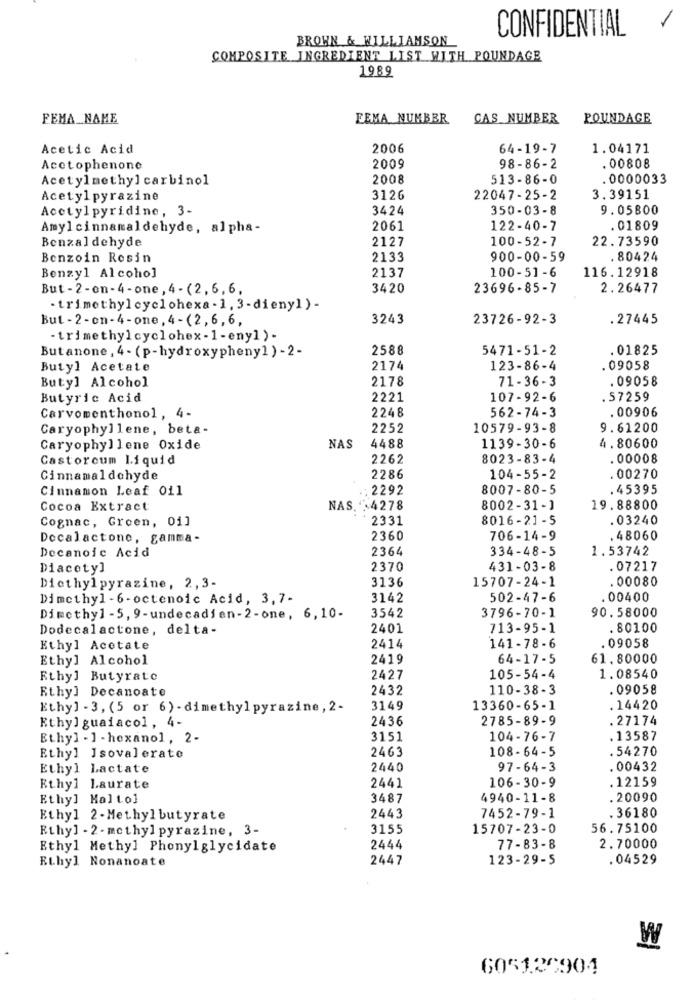
CONFIDENTIAL
BROWN & WILLIAMSON
COMPOSITE INGREDIENT LIST WITH POUNDAGE
1989
FEMA_NAME
FEMA NUMBER
CAS NUMBER
POUNDAGE
Acetic Acid
2006
64-19-7
1.04171
Acctophenone
2009
98-86-2
.00808
Acetylmethyl carbinol
2008
513-86-0
.0000033
Acetylpyrazine
3126
22047-25-2
3.39151
Acetylpyridine, 3-
3424
350-03-8
9.05800
Amylcinnamaldehyde, alpha-
2061
122-40-7
.01809
Benzaldehyde
2127
100-52-7
22.73590
Benzoin Rosin
2133
900-00-59
. 80424
2137
100-51-6
116.12918
Benzyl Alcohol
But-2-en-4-one, 4 - (2, 6, 6,
3420
23696-85-7
2.26477
· trimethylcyclohexa - 1, 3-dieny1 )-
But - 2-on-4-one, 4-(2,6,6,
3243
23726-92-3
. 27445
- trimethylcyclohex- 1-eny]>-
Butanone, 4 - (p-hydroxyphenyl ) - 2-
2588
5471-51-2
. 01825
Butyl Acetate
2174
123-86-4
.09058
71-36-3
. 09058
Butyl Alcohol
2178
Butyric Acid
2221
107-92-6
. 57259
2248
562-74-3
. 00906
Carvomenthonol, 4-
Caryophyllene, beta-
2252
10579-93-8
9.61200
NAS
4488
4.80600
Caryophyllene Oxide
1139-30-6
Castorcum Liquid
2262
8023-83-4
. 00008
Cinnamaldehyde
2286
104-55-2
. 00270
Cinnamon Leaf 011
2292
8007-80-5
. 45395
Cocoa Extract
NAS
"4278
8002-31-1
19.88800
Cognac, Green, 01]
2331
8016-21-5
. 03240
Decalactone, gamma-
2360
706-14-9
.48060
Decanoic Acid
2364
334-48-5
1.53742
Diacetyl
2370
431-03-8
. 07217
3136
.00080
Diethylpyrazine, 2,3-
15707-24-1
Dimethyl-6-octenoic Acid, 3,7-
3142
502-47-6
. 00400
3542
3796-70-1
90.58000
Dimethyl-5, 9-undecadien-2-one, 6,10-
Dodecalactone, delta-
2401
713-95-1
.80100
.09058
Ethyl Acetate
2414
141- 78-6
Ethyl Alcohol
2419
64-17-5
61.80000
Ethyl Butyrate
2427
105-54-4
1.08540
Rthy] Decanoate
2432
110-38-3
.09058
Ethyl - 3, (5 or 6) - dimethylpyrazine, 2-
3149
13360-65-1
. 14420
Ethyl guaiacol, 4-
2436
2785-89-9
27174
Ethyl - 1 - hexanol, 2-
3151
104-76-7
13587
2463
108-64-5
. 54270
Ethyl Isovalerato
Ethyl Lactate
2440
97-64-3
. 00432
2441
. 12159
Ethyl Laurate
106-30-9
Ethyl Kaltol
3487
4940-11-8
.20090
Ethyl 2-Methylbutyrate
2443
7452-79-1
. 36180
Ethyl - 2- methyl pyrazine, 3-
3155
15707-23-0
56.75100
Ethyl Methyl Phonylglycidate
2444
77-83-8
2.70000
Ethyl Nonanoate
2447
123-29-5
. 04529
W
605120904